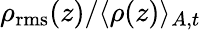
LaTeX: \rho_{\mathrm{rms}}(z)/\langle\rho(z)\rangle_{A,t}